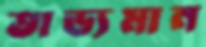
তাড্যমান